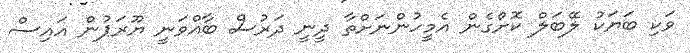
ވަކި ބަޔަކު ލޭބަލް ކޮށްގެން އެމީހުންނަށްތާ ދީނީ ދަރުސް ބާއްވަނީ ޔޫރަޕުން އައިސް